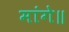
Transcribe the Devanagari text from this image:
मांगे॥